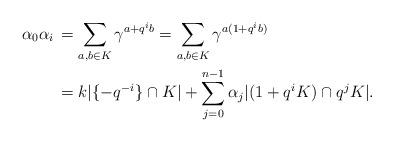
LaTeX: \begin{align*}\alpha_0\alpha_i\,&=\sum_{a,b\in K}\gamma^{a+q^ib}=\sum_{a,b\in K}\gamma^{a(1+q^ib)}\cr&=k|\{-q^{-i}\}\cap K|+\sum_{j=0}^{n-1}\alpha_j|(1+q^iK)\cap q^jK|.\end{align*}